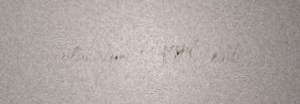
olacağını da qeyd edib.